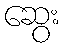
ဆွေး